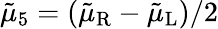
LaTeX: \tilde{\mu}_{5}=(\tilde{\mu}_{\mathrm{R}}-\tilde{\mu}_{\mathrm{L}})/2